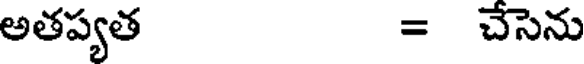
అతప్యత = చేసెను